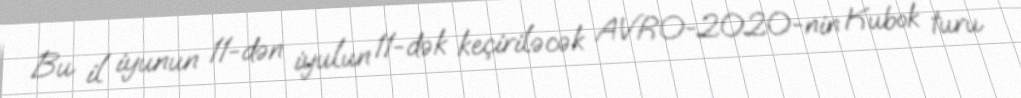
Bu il iyunun 11-dən iyulun 11-dək keçiriləcək AVRO-2020-nin Kubok turu